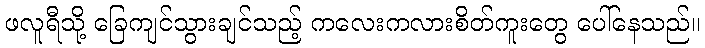
ဖလူရီသို့ ခြေကျင်သွားချင်သည့် ကလေးကလားစိတ်ကူးတွေ ပေါ်နေသည်။